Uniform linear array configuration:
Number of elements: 64
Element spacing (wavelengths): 0.5
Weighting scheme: hamming
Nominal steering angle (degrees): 30
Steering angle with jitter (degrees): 31.095
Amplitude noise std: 0.05
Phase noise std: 0.05

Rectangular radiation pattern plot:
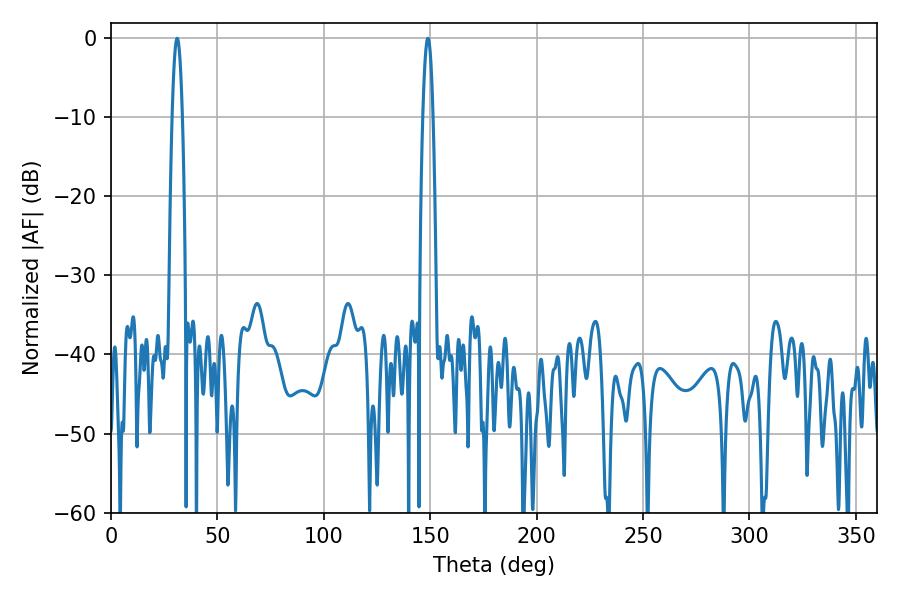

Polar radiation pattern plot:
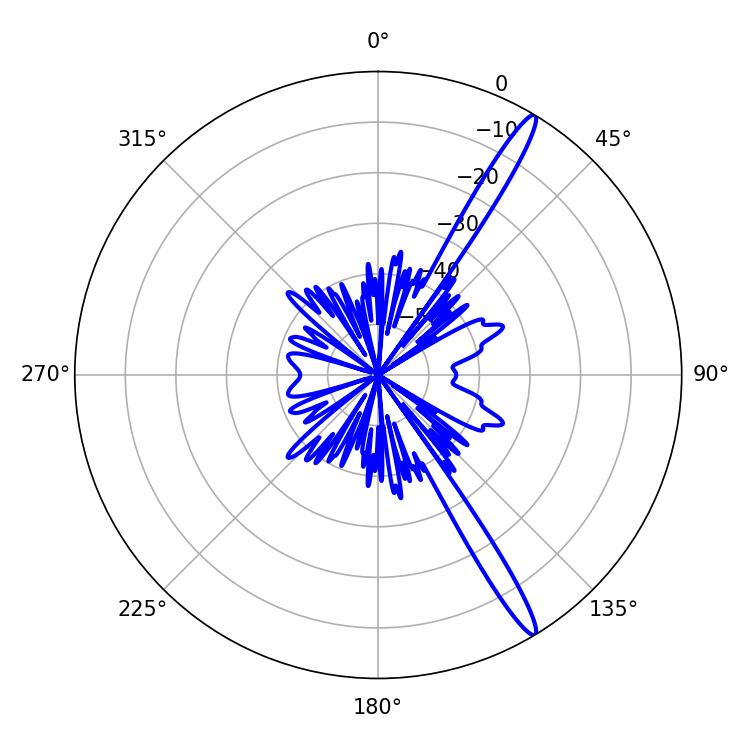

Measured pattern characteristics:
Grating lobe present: FALSE
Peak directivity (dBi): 15.832
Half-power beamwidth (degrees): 2.52
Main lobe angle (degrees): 31.14